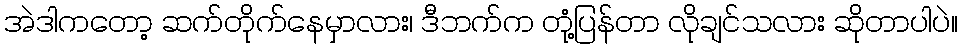
အဲဒါကတော့ ဆက်တိုက်နေမှာလား၊ ဒီဘက်က တုံ့ပြန်တာ လိုချင်သလား ဆိုတာပါပဲ။